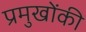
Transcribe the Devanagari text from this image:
प्रमुखोंकी